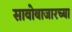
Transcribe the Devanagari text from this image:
सावोबाजारच्या